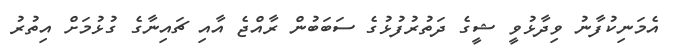
އެމަނިކުފާނު ވިދާޅުވީ ޝީގެ ދަތުރުފުޅުގެ ސަބަބުން ރާއްޖެ އާއި ޗައިނާގެ ގުޅުމަށް އިތުރު